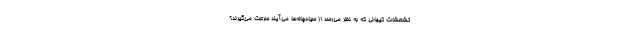
تشعشات کیهانی که به نظر می‌رسد از سیاه‌چاله‌ها می‌آیند سرعت می‌گیرند؟